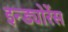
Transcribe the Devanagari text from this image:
इन्ड्योरेंस